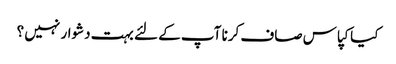
کیا کپاس صاف کرنا آپ کے لئے بہت دشوار نہیں ؟